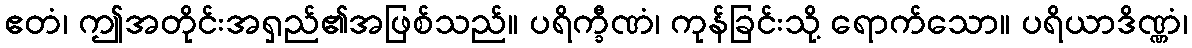
ဧတံ၊ ဤအတိုင်းအရှည်၏အဖြစ်သည်။ ပရိက္ခီဏံ၊ ကုန်ခြင်းသို့ ရောက်သော။ ပရိယာဒိဏ္ဏံ၊